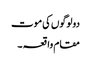
دولوگوں کی موت
مقام واقعہ ۔